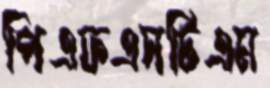
পিএফএসটিএম